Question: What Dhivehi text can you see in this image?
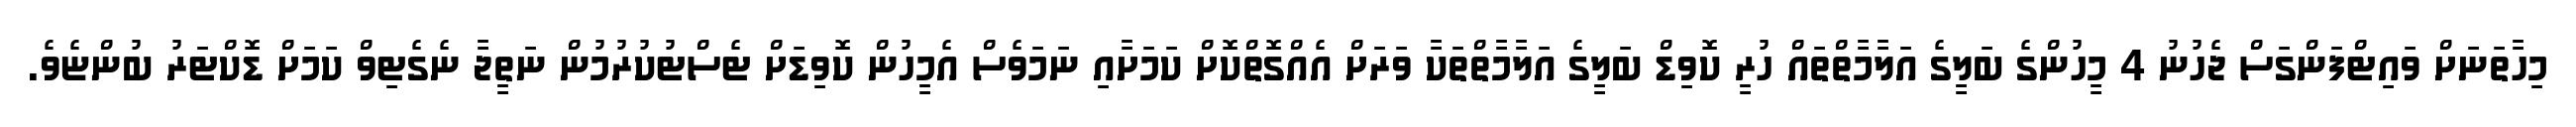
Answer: މިހާތަނަށް ވައިޓްފަންގަސް ޖެހުނު 4 މީހުންގެ ބަލީގެ އަލާމާތްތައް ހުރީ ކޮވިޑް ބަލީގެ އަލާމާތްތަކާ ވަރަށް އެއްގޮތްކޮށް ކަމަށާއި ނަމަވެސް އެމީހުން ކޮވިޑަށް ޓެސްޓުކުރުމުން ނަތީޖާ ނެގެޓިވް ކަމަށް ޑޮކްޓަރު ބުންޏެވެ.